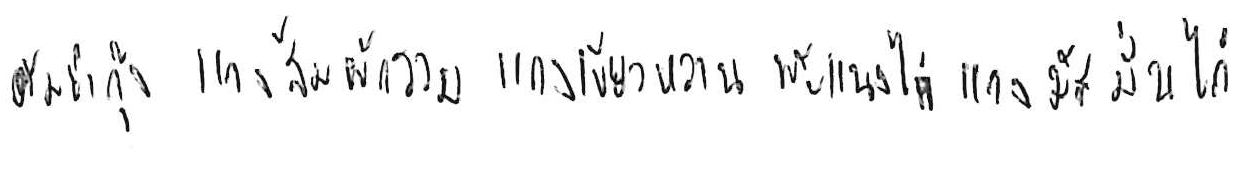
ต้มยำกุ้ง แกงส้มผักรวม แกงเขียวหวาน พะแนงไก่ แกงมัสมั่นไก่